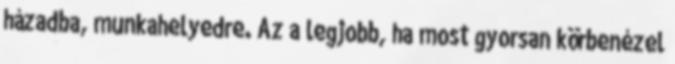
házadba, munkahelyedre. Az a legjobb, ha most gyorsan körbenézel